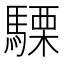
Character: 𮪕